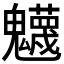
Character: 𩴾